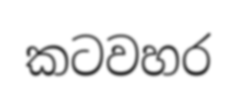
කටවහර